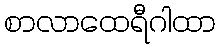
စာလာထေရီဂါထာ